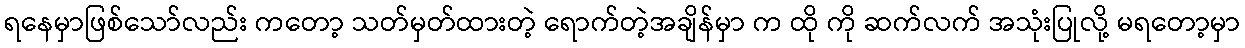
ရနေမှာဖြစ်သော်လည်း ကတော့ သတ်မှတ်ထားတဲ့ ရောက်တဲ့အချိန်မှာ က ထို ကို ဆက်လက် အသုံးပြုလို့ မရတော့မှာ